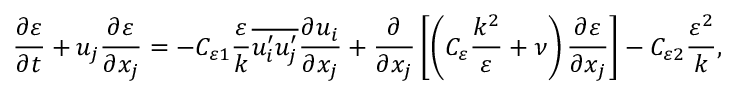
\frac { \partial \varepsilon } { \partial t } + u _ { j } \frac { \partial \varepsilon } { \partial x _ { j } } = - C _ { \varepsilon 1 } \frac { \varepsilon } { k } \overline { { u _ { i } ^ { \prime } u _ { j } ^ { \prime } } } \frac { \partial u _ { i } } { \partial x _ { j } } + \frac { \partial } { \partial x _ { j } } \left[ \left( C _ { \varepsilon } \frac { k ^ { 2 } } { \varepsilon } + \nu \right) \frac { \partial \varepsilon } { \partial x _ { j } } \right] - C _ { \varepsilon 2 } \frac { \varepsilon ^ { 2 } } { k } ,